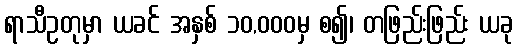
ရာသီဥတုမှာ ယခင် အနှစ် ၁၀,၀၀၀မှ စ၍၊ တဖြည်းဖြည်း ယခု